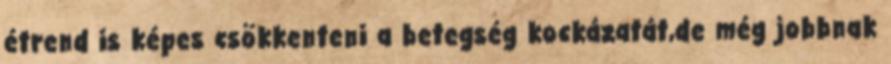
étrend is képes csökkenteni a betegség kockázatát,de még jobbnak